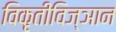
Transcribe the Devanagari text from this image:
विकृतीविज्ञान